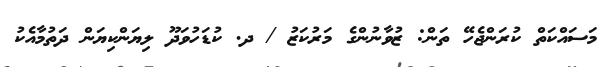
މަސައްކަތް ކުރަންޖެހޭ ތަން: ޒުވާނުންގެ މަރުކަޒު / ދ. ކުޑަހުވަދޫ ލިޔަންކިޔަން ދަތުމާއެކު